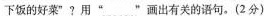
下饭的好菜”?用”﹏”画出有关的语句。(2分)